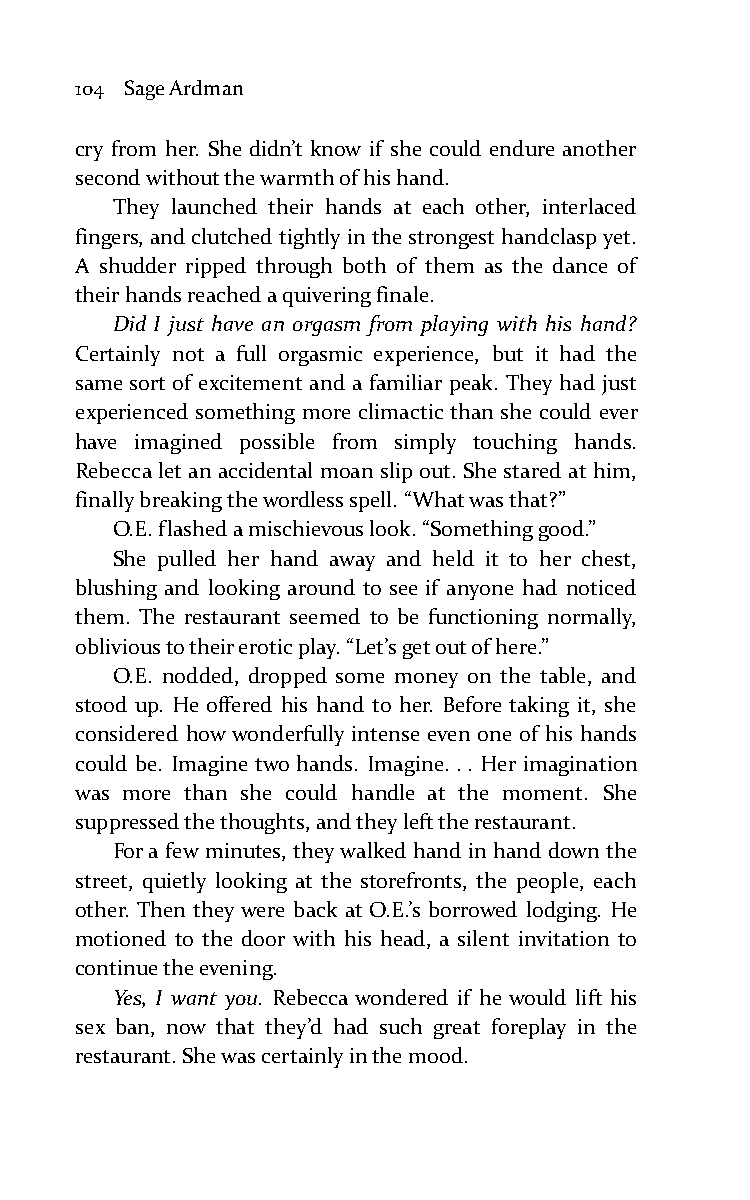
104 Sage Ardman
 cry from her. She didn’t know if she could endure another
 second without the warmth of his hand.
 They launched their hands at each other, interlaced
 fingers, and clutched tightly in the strongest handclasp yet.
 A shudder ripped through both of them as the dance of
 their hands reached a quivering finale.
 Did I just have an orgasm from playing with his hand?
 Certainly not a full orgasmic experience, but it had the
 same sort of excitement and a familiar peak. They had just
 experienced something more climactic than she could ever
 have imagined possible from simply touching hands.
 Rebecca let an accidental moan slip out. She stared at him,
 finally breaking the wordless spell. “What was that?”
 O.E. flashed a mischievous look. “Something good.”
 She pulled her hand away and held it to her chest,
 blushing and looking around to see if anyone had noticed
 them. The restaurant seemed to be functioning normally,
 oblivious to their erotic play. “Let’s get out of here.”
 O.E. nodded, dropped some money on the table, and
 stood up. He offered his hand to her. Before taking it, she
 considered how wonderfully intense even one of his hands
 could be. Imagine two hands. Imagine. . . Her imagination
 was more than she could handle at the moment. She
 suppressed the thoughts, and they left the restaurant.
 For a few minutes, they walked hand in hand down the
 street, quietly looking at the storefronts, the people, each
 other. Then they were back at O.E.’s borrowed lodging. He
 motioned to the door with his head, a silent invitation to
 continue the evening.
 Yes, I want you. Rebecca wondered if he would lift his
 sex ban, now that they’d had such great foreplay in the
 restaurant. She was certainly in the mood.